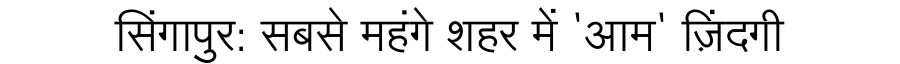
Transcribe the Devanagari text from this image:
सिंगापुर: सबसे महंगे शहर में 'आम' ज़िंदगी